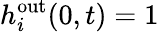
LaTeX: h_{i}^{\mathrm{out}}(0,t)=1